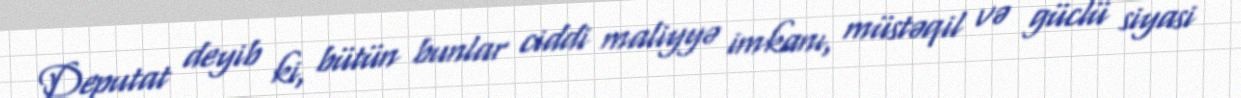
Deputat deyib ki, bütün bunlar ciddi maliyyə imkanı, müstəqil və güclü siyasi